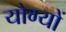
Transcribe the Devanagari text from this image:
योग्यों